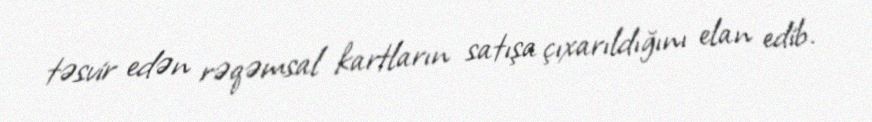
təsvir edən rəqəmsal kartların satışa çıxarıldığını elan edib.